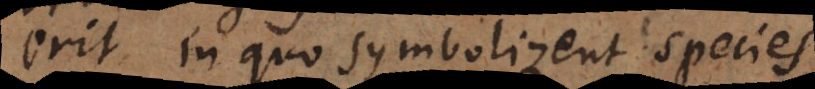
erit, in quo symbolizent species.